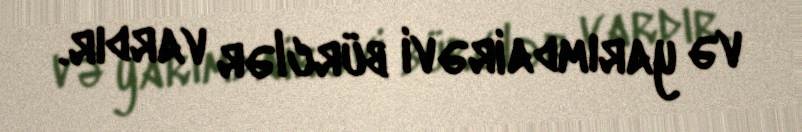
və yarımdairəvi bürclər vardır.